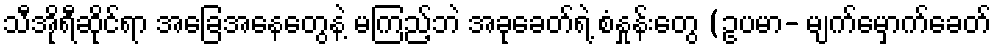
သီအိုရီဆိုင်ရာ အခြေအနေတွေနဲ့ မကြည့်ဘဲ အခုခေတ်ရဲ့ စံနှုန်းတွေ (ဥပမာ- မျက်မှောက်ခေတ်